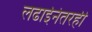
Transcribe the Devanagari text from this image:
लढाईनंतरही